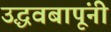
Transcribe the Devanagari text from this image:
उद्धवबापूंनी